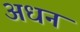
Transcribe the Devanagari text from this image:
अधन